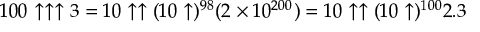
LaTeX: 1 0 0 \uparrow \uparrow \uparrow 3 = 1 0 \uparrow \uparrow ( 1 0 \uparrow ) ^ { 9 8 } ( 2 \times 1 0 ^ { 2 0 0 } ) = 1 0 \uparrow \uparrow ( 1 0 \uparrow ) ^ { 1 0 0 } 2 . 3